Calcutta medical institutions reports 1892-1900
Year: 1892
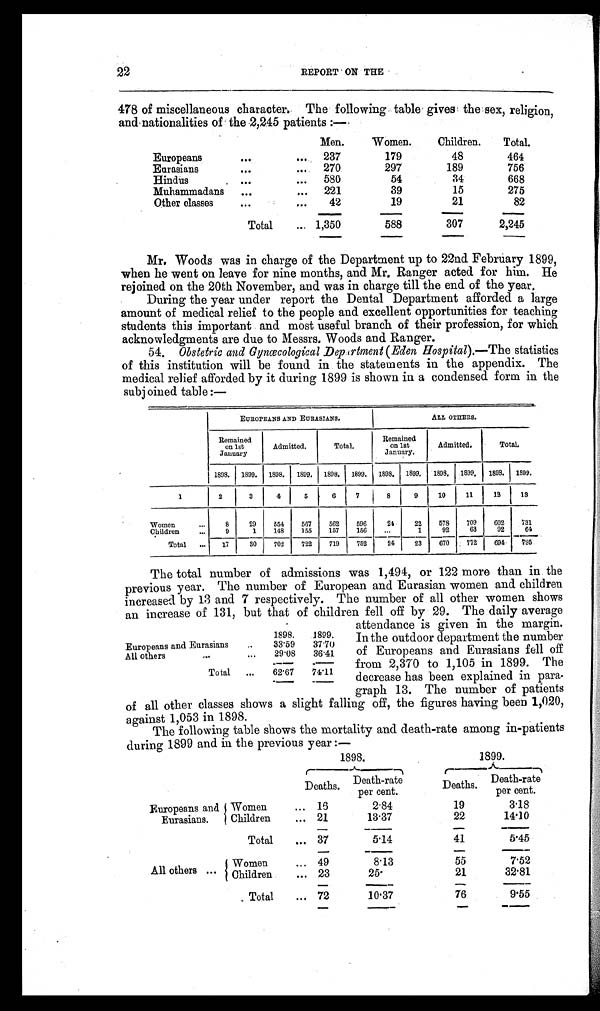
22
REPORT ON THE
478 of miscellaneous character. The following table gives the sex, religion,
and nationalities of the 2,245 patients : ―
Men.
Women.
Children.
Total.
Europeans
. . .
...
237
179
48
464
Eurasians
. . .
...
270
297
189
756
Hindus
. . .
...
580
54
34
668
Muhammadans
. . .
...
221
39
15
275
Other classes
...
...
42
19
21
82
Total
... 1,350
588
307
2,245
Mr. Woods was in charge of the Department up to 22nd February 1899,
when he went on leave for nine months, and Mr. Ranger acted for him. He
rejoined on the 20th November, and was in charge till the end of the year.
During the year under report the Dental Department afforded a large
amount of medical relief to the people and excellent opportunities for teaching
students this important and most useful branch of their profession, for which
acknowledgments are due to Messrs. Woods and Ranger.
54. Obstetric and Gynœcological Department (Eden Hospital).― The statistics
of this institution will be found in the statements in the appendix. The
medical relief afforded by it during 1899 is shown in a condensed form in the
subjoined table:―
EUROPEANS AND EURASIANS.
ALL OTHERS.
Remained
on 1st
January
Admitted. Total.
Remained
on 1st
January.
Admitted.
Total.
1898. 1899. 1898. 1899. 1898. 1899. 1898. 1899. 1898. 1899. 1898.
1899.
1
2
3
4
5 6
7
8
9
10 11
12 13
Women
...
8
29
5 5 4 567
562
596
24
22
578
709 602
731
Children
...
9
1
148
155
157
156
...
1
92
63
92
64
Total ...
670 772 694 795
17
30
702
722
719
752
24
23
The total number of admissions was 1,494, or 122 more than in the
previous year. The number of European and Eurasian women and children
increased by 13 and 7 respectively. The number of all other women shows
an increase of 131, but that of children fell off by 29. The daily average
attendance is given in th
e m a r g i n .
In the outdoor department the number
of Europeans and Eurasians fell off
from 2,370 to 1,105 in 1899. The
decrease has been explained in para-
graph 13. The number of patients
of all other classes shows a slight falling off, the figures having been 1,020,
against 1,053 in 1898.
The following table shows the mortality and death-rate among in-patients
during 1899 and in the previous year
1898.
1899.
Deaths.
Death-rate
per cent.
Deaths.
Death-rate
per cent.
Europeans and
Eurasians.
Women
... 16
2.84
19
3.18
1 Children
... 21
13.37
22
14.10
Total
... 37
5.14
41
5.45
All others ...
Women
... 49
8.13
55
7.52
Children
... 23
25.
21
32.81
Total
... 72
10.37
76
9.55
1898.
1899.
Europeans and Eurasians
..
33.59
37.70
All others
. . .
. ..
29.08
36.41
Total
...
62.67
74.11